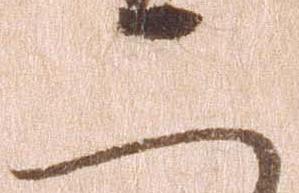
二